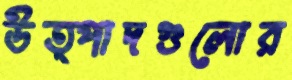
উত্পাদগুলোর